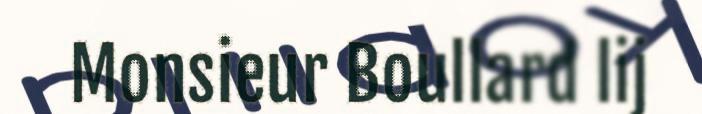
Monsieur Boullard lij